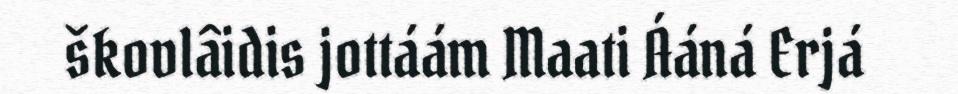
škovlâidis jottáám Maati Ááná Erjá